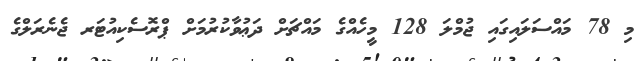
މި 78 މައްސަލައިގައި ޖުމްލަ 128 މީހެއްގެ މައްޗަށް ދަޢުވާކުރުމަށް ޕްރޮސެކިއުޓަރ ޖެނެރަލްގެ